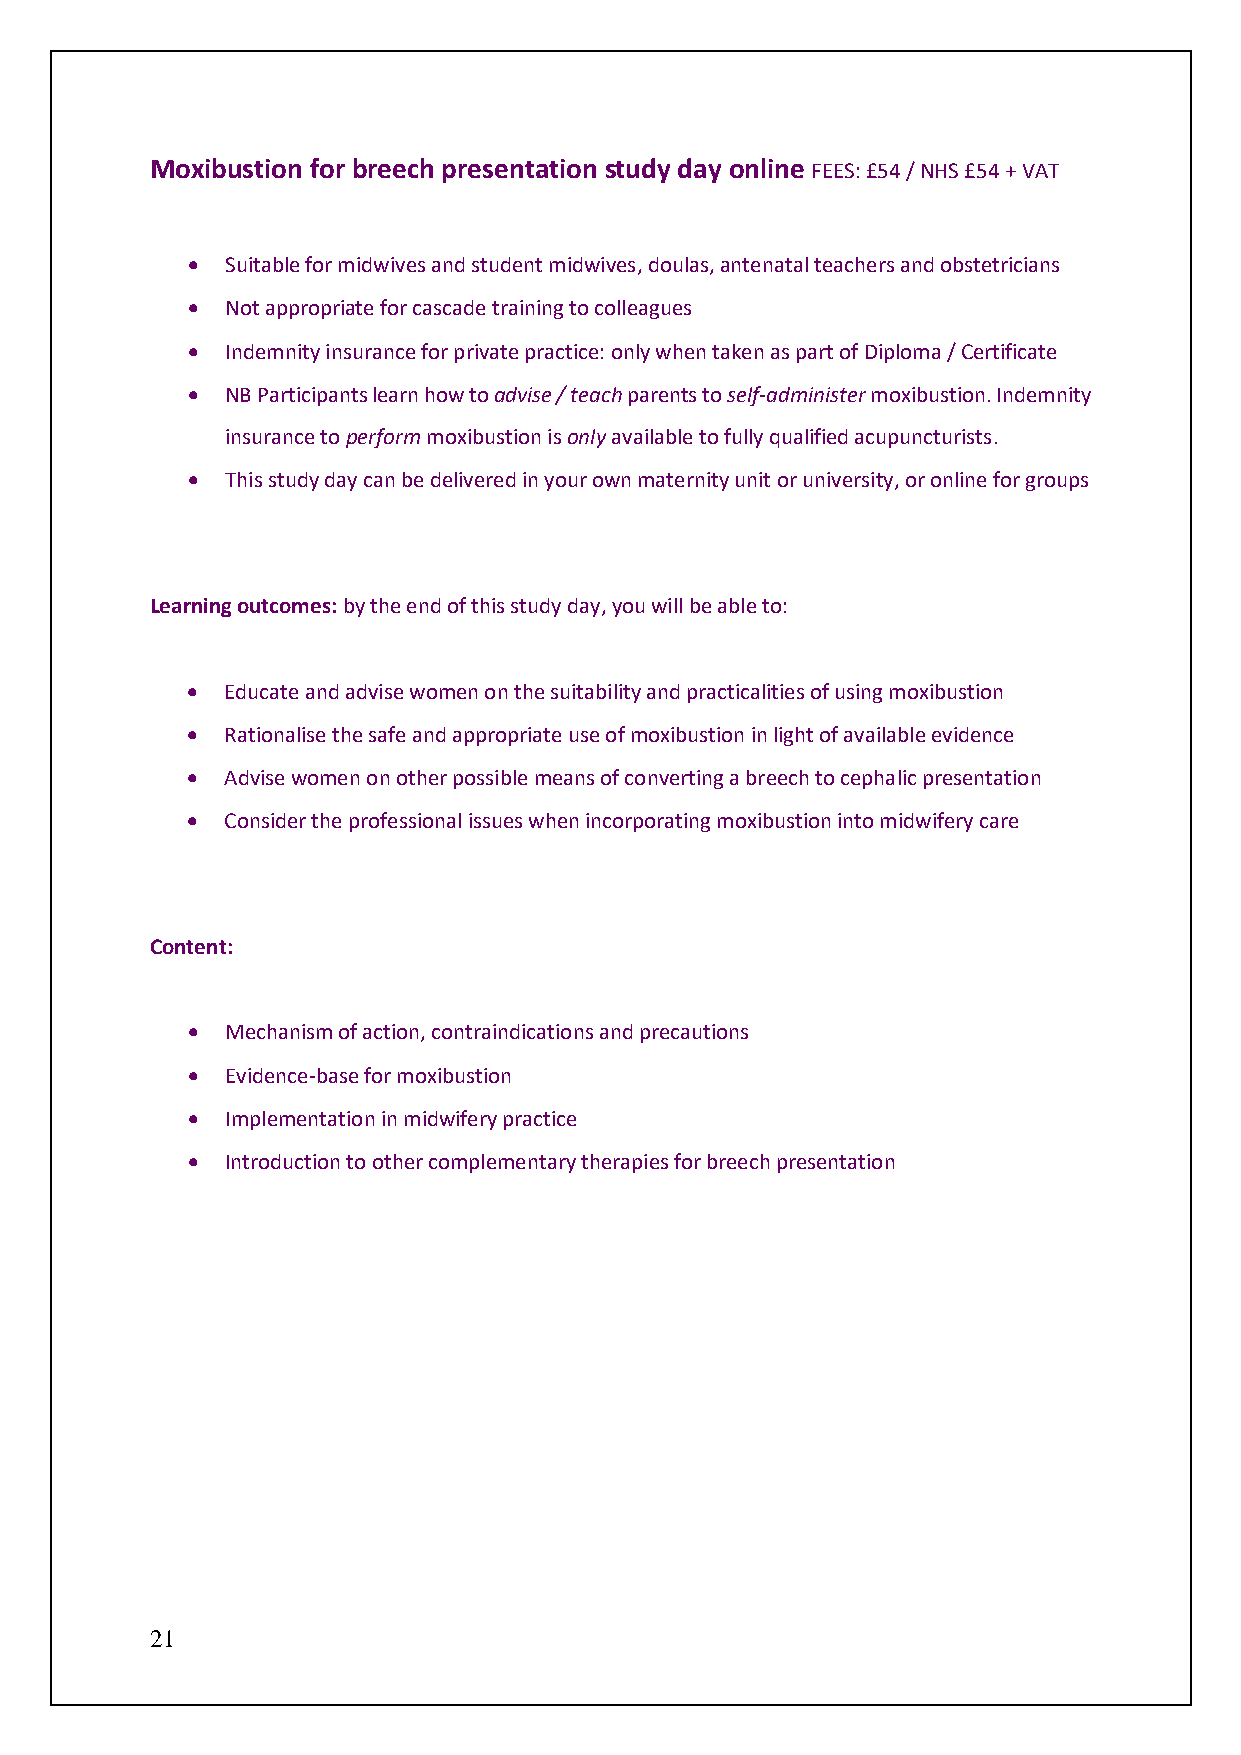
Moxibustion for breech presentation study day online FEES: £54 / NHS £54 + VAT
 •  Suitable for midwives and student midwives, doulas, antenatal teachers and obstetricians
 •  Not appropriate for cascade training to colleagues
 •  Indemnity insurance for private practice: only when taken as part of Diploma / Certificate
 •  NB Participants learn how to advise / teach parents to self-administer moxibustion. Indemnity
 insurance to perform moxibustion is only available to fully qualified acupuncturists.
 •  This study day can be delivered in your own maternity unit or university, or online for groups
 Learning outcomes: by the end of this study day, you will be able to:
 •  Educate and advise women on the suitability and practicalities of using moxibustion
 •  Rationalise the safe and appropriate use of moxibustion in light of available evidence
 •  Advise women on other possible means of converting a breech to cephalic presentation
 •  Consider the professional issues when incorporating moxibustion into midwifery care
 Content:
 •  Mechanism of action, contraindications and precautions
 •  Evidence-base for moxibustion
 •  Implementation in midwifery practice
 •  Introduction to other complementary therapies for breech presentation
 21